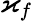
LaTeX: \varkappa_{f}